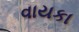
વાયકા